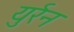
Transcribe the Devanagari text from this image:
युर्रन